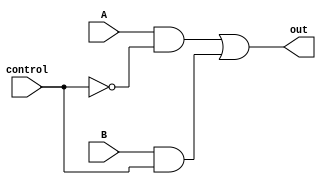
// output is A (when control == 0) or B (when control == 1)
module mux2(out, A, B, control);
    output out;
    input  A, B;
    input  control;
    wire   wA, wB, not_control;

    not n1(not_control, control);
    and a1(wA, A, not_control);
    and a2(wB, B, control);
    or  o1(out, wA, wB);
endmodule // mux2

// output is A (when control == 00) or B (when control == 01) or
//           C (when control == 10) or D (when control == 11)
module mux4(out, A, B, C, D, control);
    output      out;
    input       A, B, C, D;
    input [1:0] control;
wire   wA,wB,wC,wD,not_control1,not_control0;

not n1(not_control1,control[1]);
not n0(not_control0,control[0]);

and a1(wA,A,not_control1,not_control0);
and a2(wB,B,not_control1,control[0]);
and a3(wC,C,control[1],not_control0);
and a4(wD,D,control[1],control[0]);

or o1(out,wA,wB,wC,wD);
endmodule // mux4